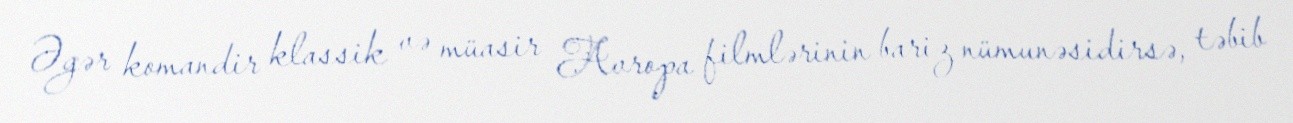
Əgər komandir klassik və müasir Avropa filmlərinin bariz nümunəsidirsə, təbib